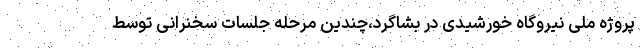
پروژه ملی نیروگاه خورشیدی در بشاگرد،چندین مرحله جلسات سخنرانی توسط